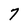
Character: 7